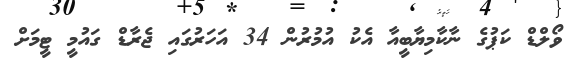
ވޯލްޑް ކަޕުގެ ނާކާމިޔާބީއާ އެކު އުމުރުން 34 އަހަރުގައި ޖެރާޑް ގައުމީ ޓީމަށް